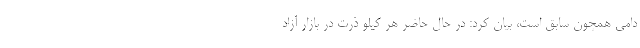
دامی همچون سابق است، بیان کرد: در حال حاضر هر کیلو ذرت در بازار آزاد